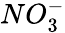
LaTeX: NO_{3}^{-}